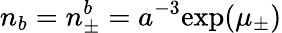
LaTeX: n_{b}=n_{\pm}^{b}=a^{-3}\mathrm{exp}(\mu_{\pm})